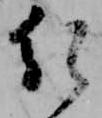
行